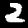
Label: 2